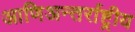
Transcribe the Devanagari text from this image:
आणिअन्तर्राष्ट्रीय